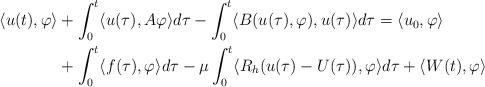
LaTeX: \begin{align*}\langle u(t),\varphi\rangle &+\int_{0}^{t} \langle u(\tau), A\varphi\rangle d\tau-\int_{0}^{t} \langle B(u(\tau), \varphi), u(\tau)\rangle d\tau=\langle u_{0},\varphi\rangle \\&+\int_{0}^{t} \langle f(\tau),\varphi\rangle d\tau -\mu \int_{0}^{t} \langle R_{h} (u(\tau)-U(\tau)), \varphi\rangle d\tau+\langle W(t),\varphi\rangle\end{align*}